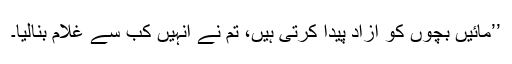
’’مائیں بچوں کو آزاد پیدا کرتی ہیں، تم نے انہیں کب سے غلام بنالیا۔